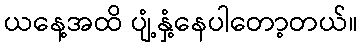
ယနေ့အထိ ပျံ့နှံ့နေပါတော့တယ်။